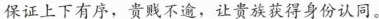
保证上下有序，贵贱不逾，让贵族获得身份认同。